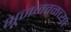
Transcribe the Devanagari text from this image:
भूजजवळच्या